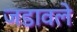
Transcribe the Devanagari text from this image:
जडावले